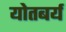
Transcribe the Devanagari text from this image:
योतबर्य